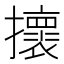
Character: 𢸬